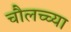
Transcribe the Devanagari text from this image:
चौलच्च्या